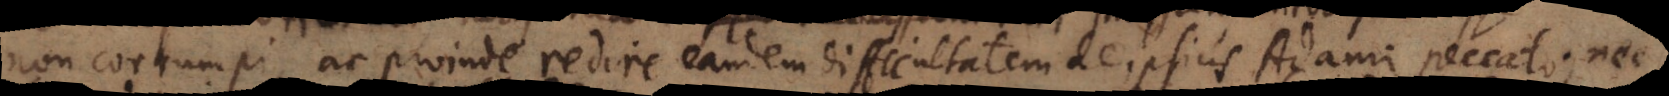
non corrumpi ac proinde redire eandem difficultatem de ipsius Adami peccato; nec